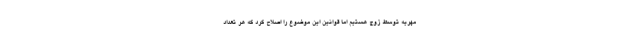
مهریه توسط زوج هستیم اما قوانین این موضوع را اصلاح کرد که هر تعداد